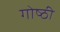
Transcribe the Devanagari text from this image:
गोष्‍ठी